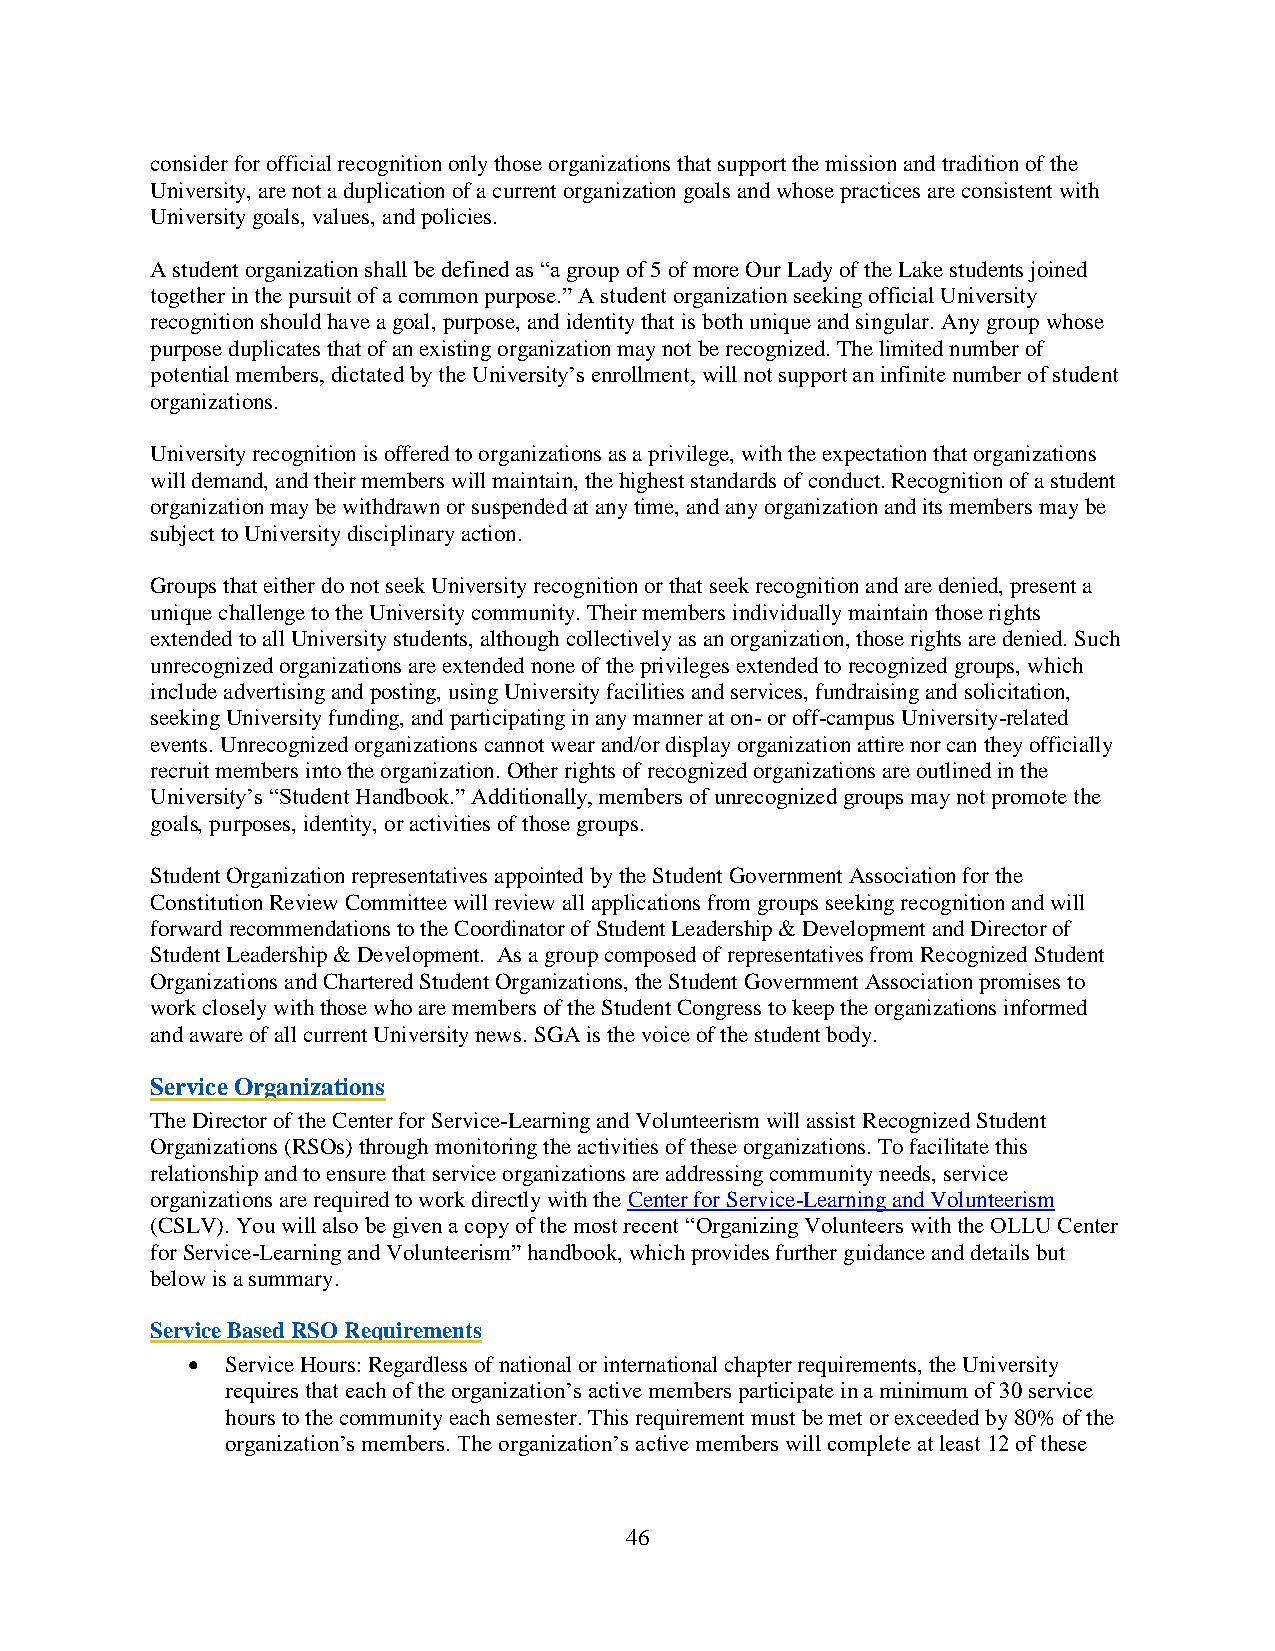
consider for official recognition only those organizations that support the mission and tradition of the
 University, are not a duplication of a current organization goals and whose practices are consistent with
 University goals, values, and policies.
 A student organization shall be defined as “a group of 5 of more Our Lady of the Lake students joined
 together in the pursuit of a common purpose.” A student organization seeking official University
 recognition should have a goal, purpose, and identity that is both unique and singular. Any group whose
 purpose duplicates that of an existing organization may not be recognized. The limited number of
 potential members, dictated by the University’s enrollment, will not support an infinite number of student
 organizations.
 University recognition is offered to organizations as a privilege, with the expectation that organizations
 will demand, and their members will maintain, the highest standards of conduct. Recognition of a student
 organization may be withdrawn or suspended at any time, and any organization and its members may be
 subject to University disciplinary action.
 Groups that either do not seek University recognition or that seek recognition and are denied, present a
 unique challenge to the University community. Their members individually maintain those rights
 extended to all University students, although collectively as an organization, those rights are denied. Such
 unrecognized organizations are extended none of the privileges extended to recognized groups, which
 include advertising and posting, using University facilities and services, fundraising and solicitation,
 seeking University funding, and participating in any manner at on- or off-campus University-related
 events. Unrecognized organizations cannot wear and/or display organization attire nor can they officially
 recruit members into the organization. Other rights of recognized organizations are outlined in the
 University’s “Student Handbook.” Additionally, members of unrecognized groups may not promote the
 goals, purposes, identity, or activities of those groups.
 Student Organization representatives appointed by the Student Government Association for the
 Constitution Review Committee will review all applications from groups seeking recognition and will
 forward recommendations to the Coordinator of Student Leadership & Development and Director of
 Student Leadership & Development. As a group composed of representatives from Recognized Student
 Organizations and Chartered Student Organizations, the Student Government Association promises to
 work closely with those who are members of the Student Congress to keep the organizations informed
 and aware of all current University news. SGA is the voice of the student body.
 Service Organizations
 The Director of the Center for Service-Learning and Volunteerism will assist Recognized Student
 Organizations (RSOs) through monitoring the activities of these organizations. To facilitate this
 relationship and to ensure that service organizations are addressing community needs, service
 organizations are required to work directly with the Center for Service-Learning and Volunteerism
 (CSLV). You will also be given a copy of the most recent “Organizing Volunteers with the OLLU Center
 for Service-Learning and Volunteerism” handbook, which provides further guidance and details but
 below is a summary.
 Service Based RSO Requirements
 •  Service Hours: Regardless of national or international chapter requirements, the University
 requires that each of the organization’s active members participate in a minimum of 30 service
 hours to the community each semester. This requirement must be met or exceeded by 80% of the
 organization’s members. The organization’s active members will complete at least 12 of these
 46